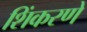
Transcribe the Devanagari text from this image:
शिंकरणे